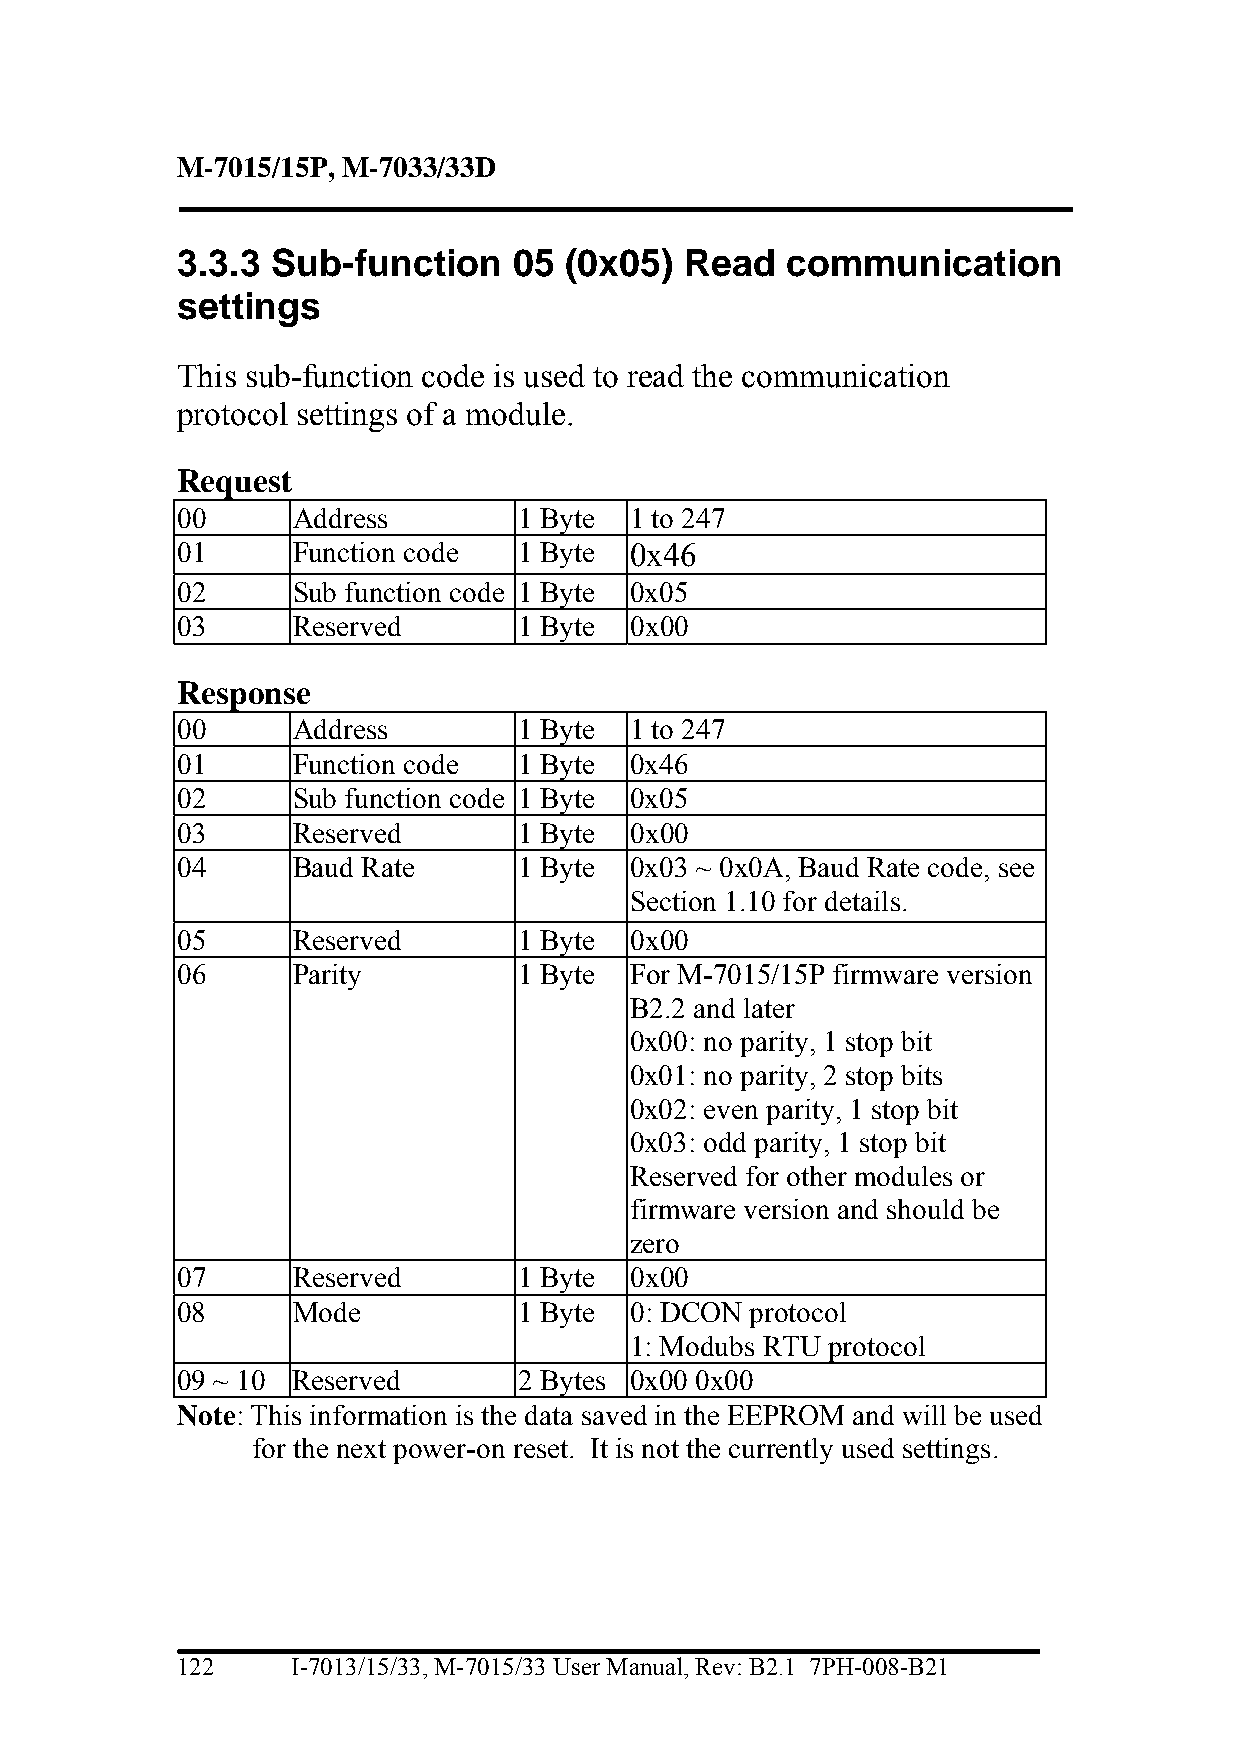
M-7015/15P, M-7033/33D
 3.3.3 Sub-function    05 (0x05)  Read   communication
 settings
 This sub-function code is used to read the communication
 protocol settings of a module.
 Request
 00     Address        1 Byte  1 to 247
 01     Function code  1 Byte  0x46
 02     Sub function code 1 Byte 0x05
 03     Reserved       1 Byte  0x00
 Response
 00     Address        1 Byte  1 to 247
 01     Function code  1 Byte  0x46
 02     Sub function code 1 Byte 0x05
 03     Reserved       1 Byte  0x00
 04     Baud Rate      1 Byte  0x03 ~ 0x0A, Baud Rate code, see
 Section 1.10 for details.
 05     Reserved       1 Byte  0x00
 06     Parity         1 Byte  For M-7015/15P firmware version
 B2.2 and later
 0x00: no parity, 1 stop bit
 0x01: no parity, 2 stop bits
 0x02: even parity, 1 stop bit
 0x03: odd parity, 1 stop bit
 Reserved for other modules or
 firmware version and should be
 zero
 07     Reserved       1 Byte  0x00
 08     Mode           1 Byte  0: DCON protocol
 1: Modubs RTU protocol
 09 ~ 10 Reserved      2 Bytes 0x00 0x00
 Note: This information is the data saved in the EEPROM and will be used
 for the next power-on reset. It is not the currently used settings.
 122    I-7013/15/33, M-7015/33 User Manual, Rev: B2.1 7PH-008-B21